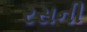
રસની